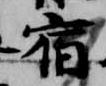
宿